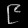
Digit: ၉